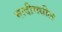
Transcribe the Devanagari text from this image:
मादीमधील